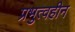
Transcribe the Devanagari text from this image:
प्रभुत्वहीन